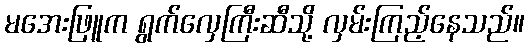
မအေးဖြူက ရွက်လှေကြီးဆီသို့ လှမ်းကြည့်နေသည်။